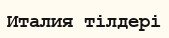
Италия тілдері